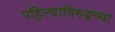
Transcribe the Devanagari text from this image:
पहिल्याविरुद्धच्या